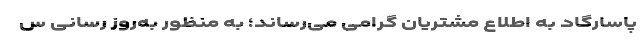
پاسارگاد به اطلاع مشتریان گرامی می‌رساند؛ به منظور به‌روز رسانی س